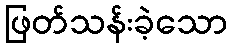
ဖြတ်သန်းခဲ့သော